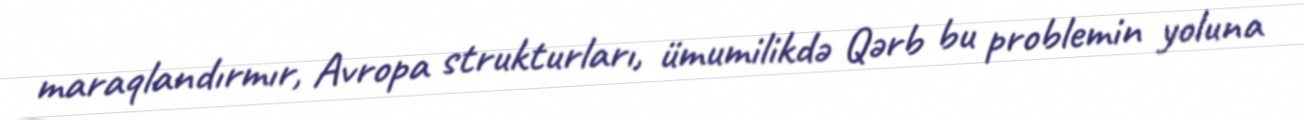
maraqlandırmır, Avropa strukturları, ümumilikdə Qərb bu problemin yoluna